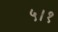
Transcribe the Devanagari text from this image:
५।१